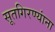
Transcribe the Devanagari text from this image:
सूतगिरण्यांना